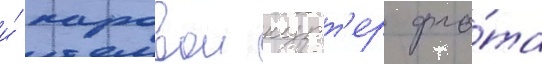
и́ паровои кутт'ер фло́та